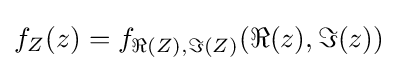
f_{Z}(z)=f_{\Re {(Z)},\Im {(Z)}}(\Re {(z)},\Im {(z)})